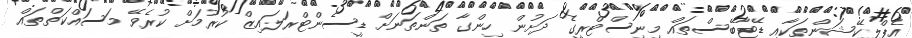
އެޕްލިކޭޝަންތަކާއި ޑޭޓާބޭސްތައް މިނިސްޓްރީގެ ދަށުން ހިންގާ ތަންތަނަށް ޑީސެންޓްރަލައިޒް ކުރުމަށް ކުރެވޭ މަސައްކަތްތައް